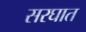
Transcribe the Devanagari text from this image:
सरघात